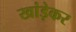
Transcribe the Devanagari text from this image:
खांड़ेकर